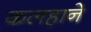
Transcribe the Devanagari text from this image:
कलहाने